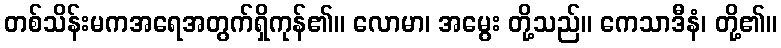
တစ်သိန်းမကအရေအတွက်ရှိကုန်၏။ လောမာ၊ အမွေး တို့သည်။ ကေသာဒီနံ၊ တို့၏။